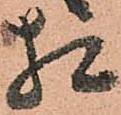
相